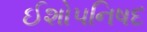
ઈશોપનિષદ